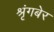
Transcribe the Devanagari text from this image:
श्रृंगबेर